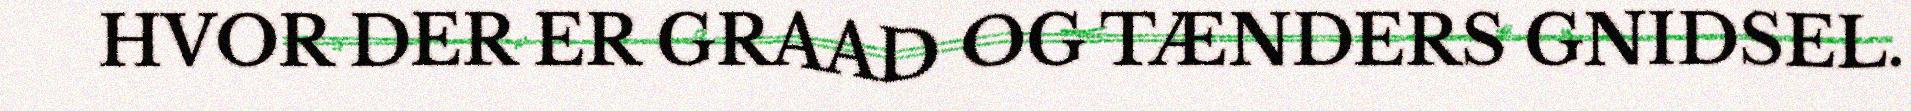
HVOR DER ER GRAAD OG TÆNDERS GNIDSEL.